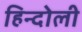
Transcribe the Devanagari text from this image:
हिन्दोली